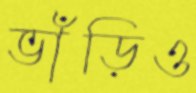
ভাঁড়িও